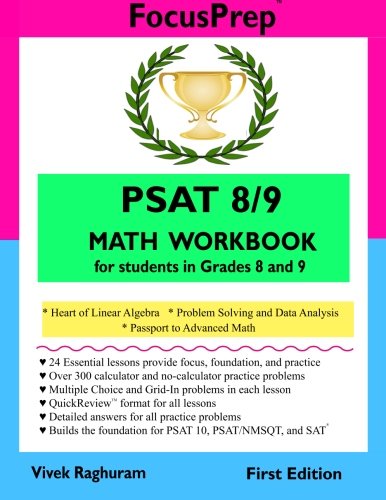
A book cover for PSAT 8/9 MATH Workbook: for students in grades 8 and 9. (Focusprep); Vivek Raghuram; Test Preparation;